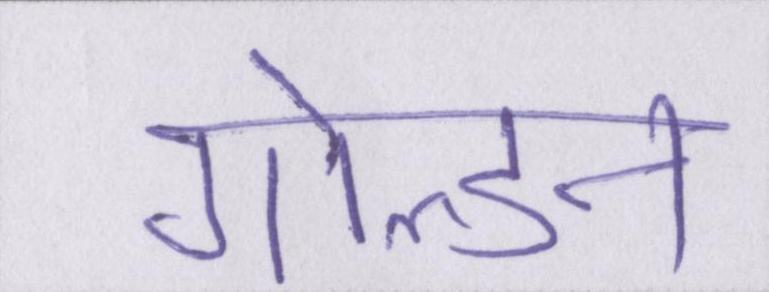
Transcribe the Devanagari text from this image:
गोल्डेन